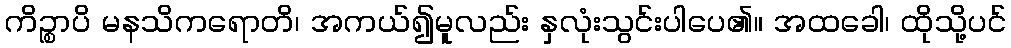
ကိဉ္စာပိ မနသိကရောတိ၊ အကယ်၍မူလည်း နှလုံးသွင်းပါပေ၏။ အထခေါ၊ ထိုသို့ပင်